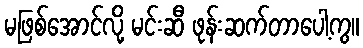
မဖြစ်အောင်လို့ မင်းဆီ ဖုန်းဆက်တာပေါ့ကွ။